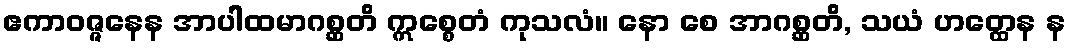
ဧကာဝဇ္ဇနေန အာပါထမာဂစ္ဆတိ ဣစ္စေတံ ကုသလံ။ နော စေ အာဂစ္ဆတိ, သယံ ဟတ္ထေန န